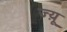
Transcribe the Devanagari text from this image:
ज्य़ू